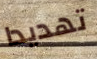
تهديدا